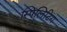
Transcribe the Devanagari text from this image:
स्पिलिटिंग